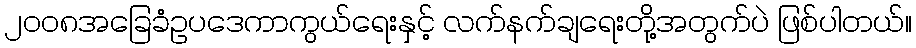
၂၀၀၈အခြေခံဥပဒေကာကွယ်ရေးနှင့် လက်နက်ချရေးတို့အတွက်ပဲ ဖြစ်ပါတယ်။